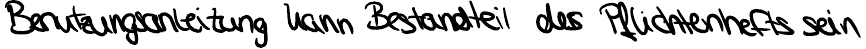
Benutzungsanleitung kann Bestandteil des Pflichtenhefts sein